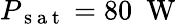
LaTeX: P_{\mathrm{~s~a~t~}}=80~\mathrm{~W~}